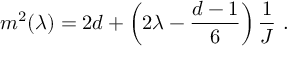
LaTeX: m ^ { 2 } ( \lambda ) = 2 d + \left( 2 \lambda - { \frac { d - 1 } { 6 } } \right) { \frac { 1 } { J } } ~ .